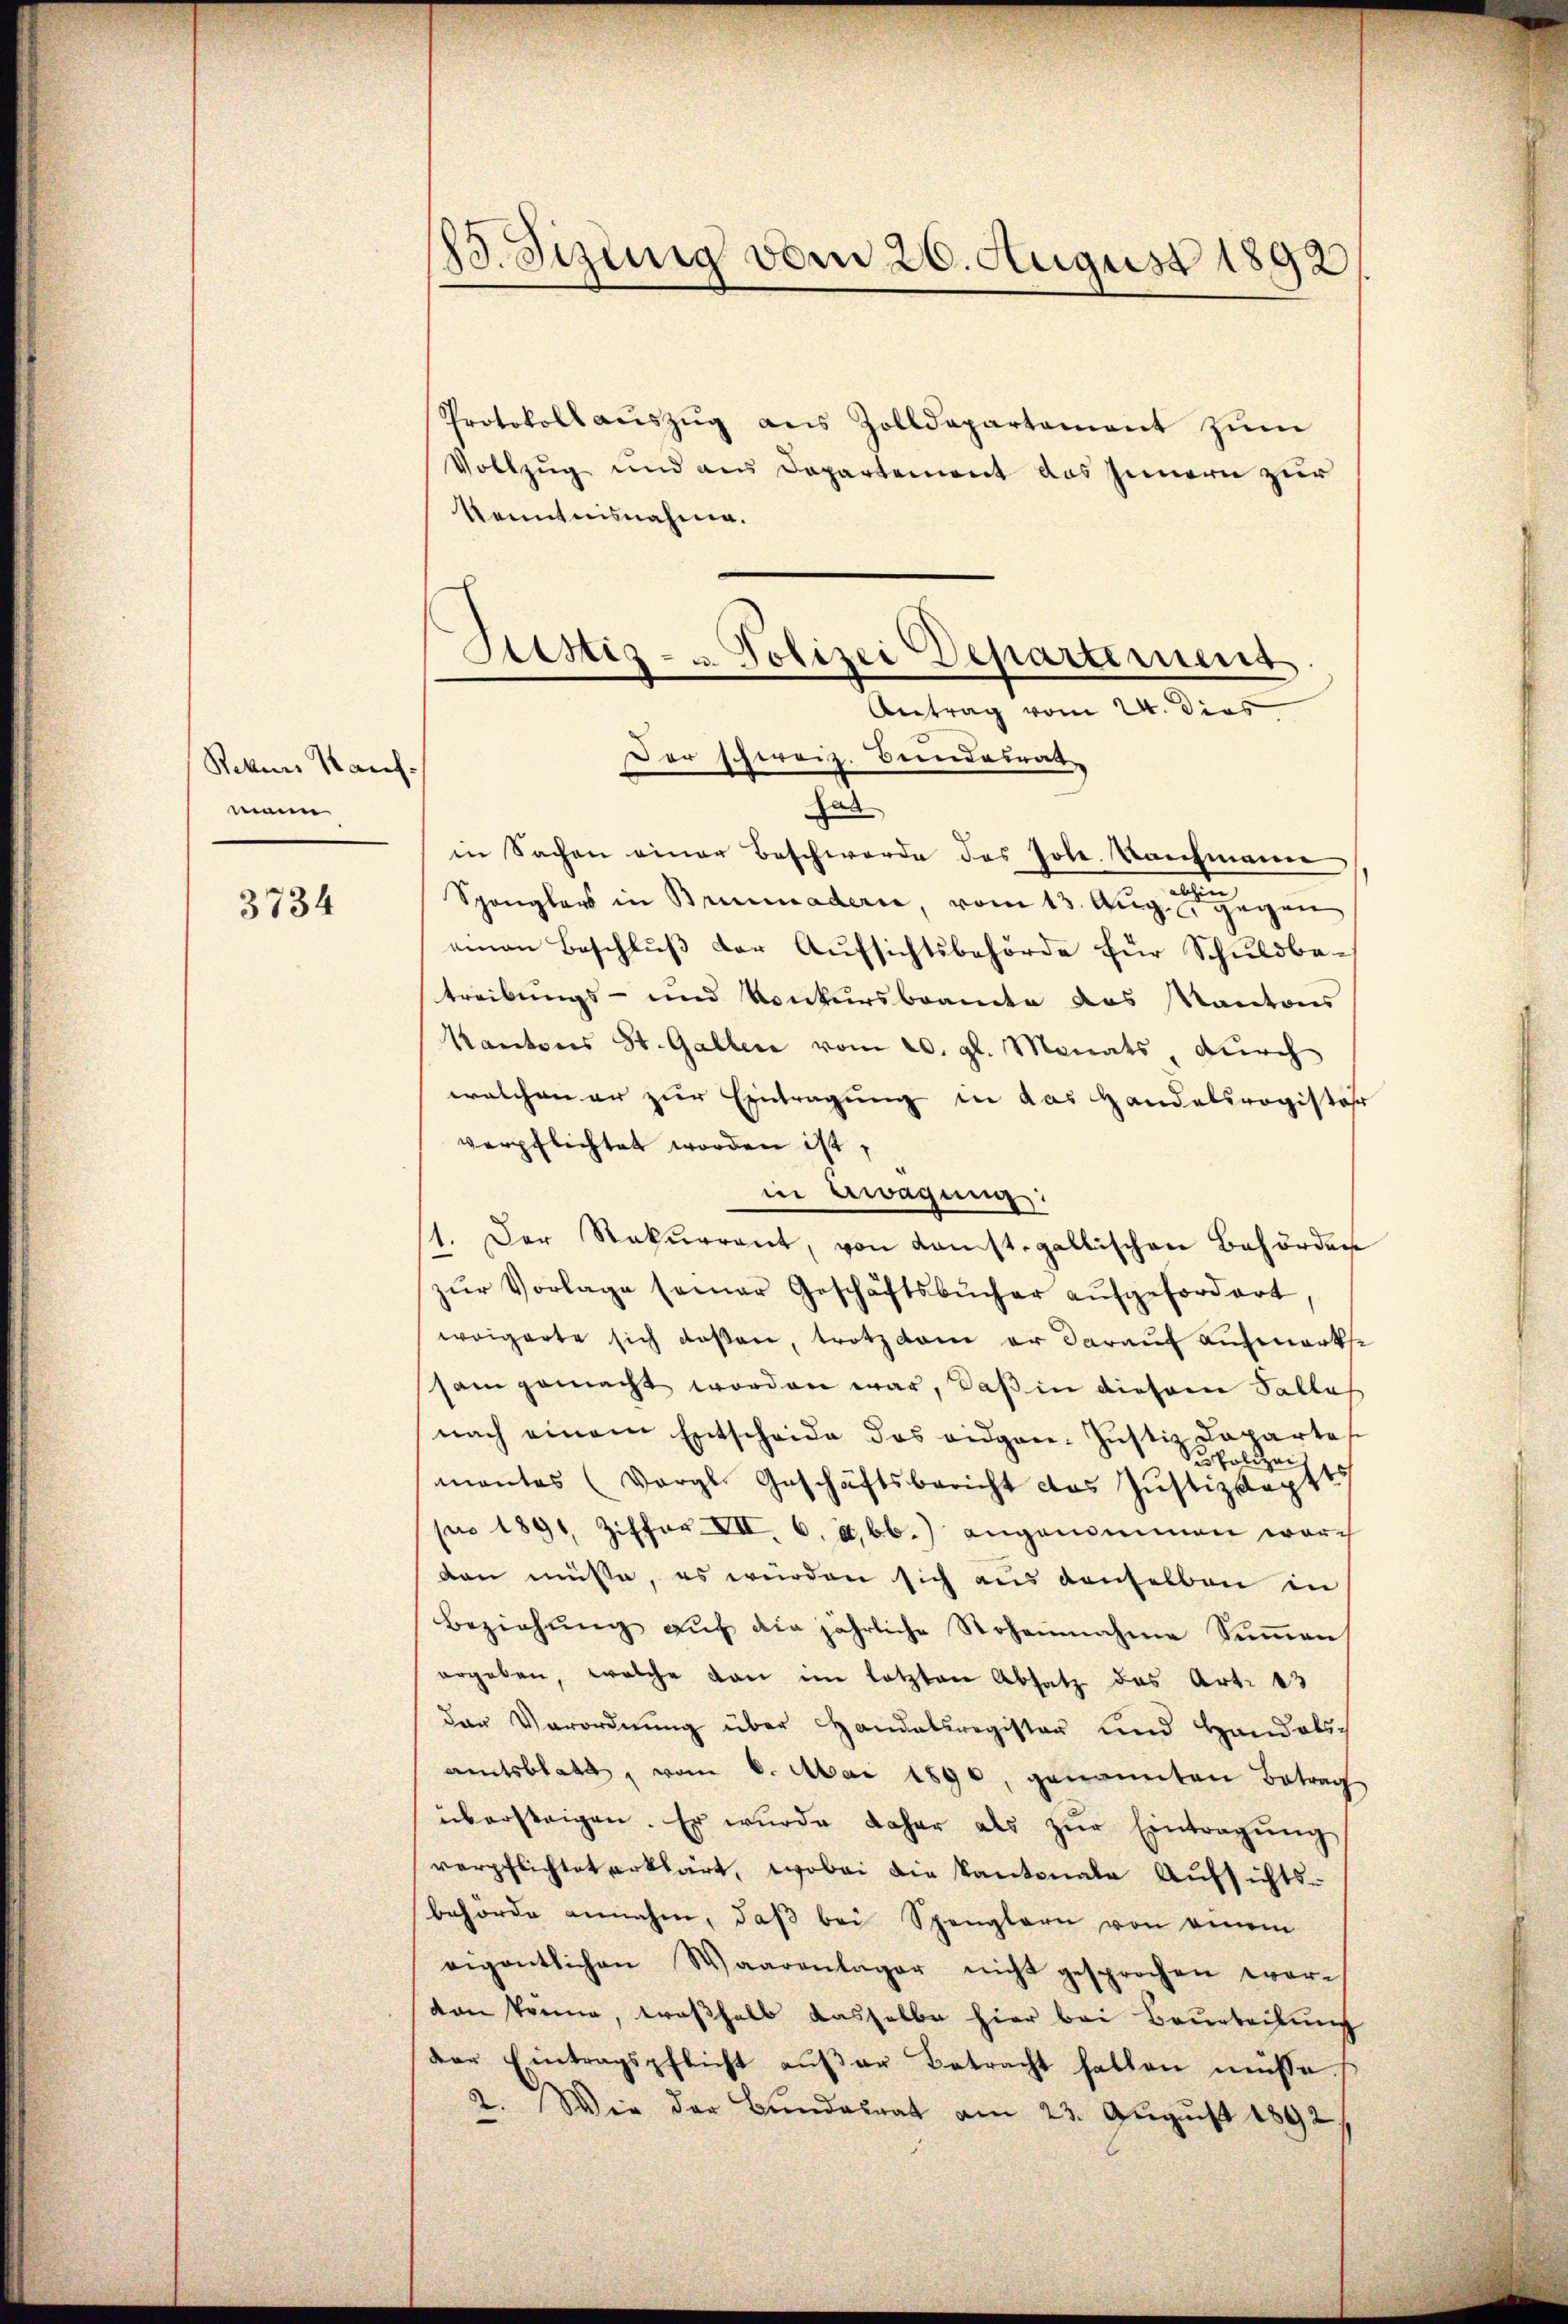
Rekurs Kauf-
mann.

3734

83. Sizinig vom 26. August 1892

Protokoll aŭszŭg ans Zolldepartement zŭm
Vollzug und aus Departement das Innern zur
Kenntnisnahme.
Antrag vom 24. dies
Der schweiz. Bundesrat
hal
in Sachen einer Beschwerde des Joh. Bachmanne
Spanglers in Brennadere, vom 13. Aug. gegen
einen Beschluß der Aufsichtsbehörde für Schuldbetreibungs- und Konkursbeamte das Kantons
Kantons St. Galler vom 20. gl. Monats durch
welchen er zur Eintragung in das Handelsregister
verpflichtet worden ist,
in Ewagung:
1. Der Rekurrent, von Konst gallischen Behörden
zŭr Vorlage seiner Geschäftsbücher aŭfgefordert.
woigarte sich deßen, trotz kam er darauf aufmerkst
sam gemacht worden war, daß in diesem Falles
nach einem Entscheide das eidgen. Justiz Lapartes
u Polizei
mantes (Vergl. Geschäftsbericht das Justizkaptt
pro 1891 Ziffer. VII. 6. A. bb.) angenommen ware
den müsse, es wurden sich aus denselben in
Beziehŭng aŭf die jährliche Stohannahme Summen,
ergeben, welche von im letzten Absatz des Art. 43
der Verordnŭng über Handelsregister und Handels-
amtsblatt, vom 8. Mai 1890, genannten Betrag
übersteigen. Er wurde daher als zŭr Eintragŭng
verpflichtet erklärt, wobei die Kantonale Aufsichts-
behörde annahm, daß bei Spenglern von einem
eigentlichen Waarenlager nicht gesprochen worten könne, troshalb dasselbe hier bei Beurteilung
der Eintragspflicht aŭβer Betracht halten müsse
2. Wie der Bundesrat am 23. August 1892.

Sistis- u. Polizei Departement.